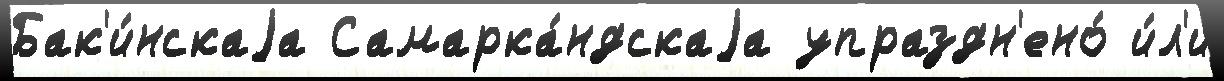
Бак'и́нскаjа Самарка́ндскаjа упраздн'ено́ и́л'и